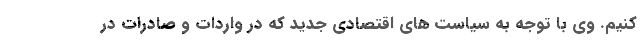
کنیم. وی با توجه به سیاست های اقتصادی جدید که در واردات و صادرات در